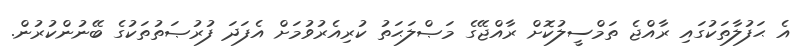
އެ ޙަފުލާތަކުގައި ރާއްޖެ ތަމްސީލުކޮށް ރާއްޖޭގެ މަޞްލަޙަތު ކުރިއެރުވުމަށް އެފަދަ ފުރުޞަތުތަކުގެ ބޭނުންކުރުން.